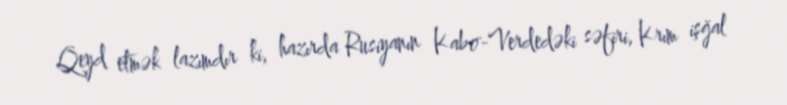
Qeyd etmək lazımdır ki, hazırda Rusiyanın Kabo-Verdedəki səfiri, Krım işğal